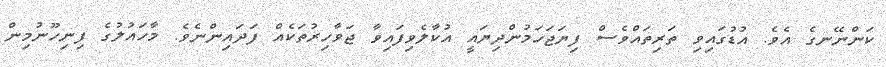
ކަންނޭނގެ އެވެ. އުޑުގައިވި ތަރިތައްވެސް ފިޔަޖަހަމުންދިޔައީ އުކާލެވިފައިވާ ޖަވާހިރުތަކެއް ފަދައިންނެވެ. މާހައުލުގެ ފިނިހޫނުމިން